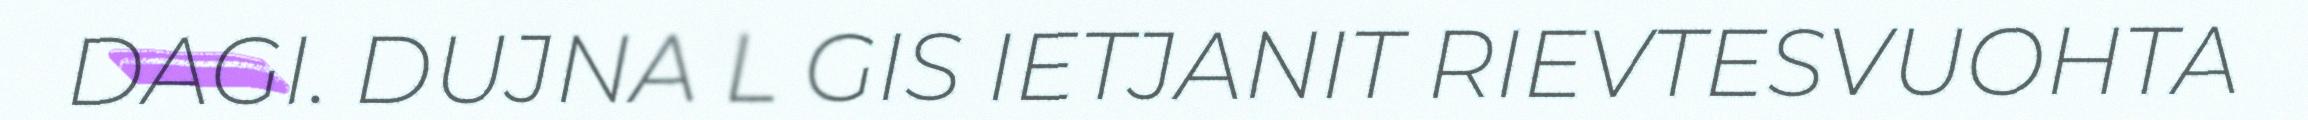
DAGI. DUJNA L GIS IETJANIT RIEVTESVUOHTA